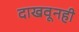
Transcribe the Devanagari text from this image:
दाखवूनही